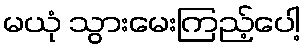
မယုံ သွားမေးကြည့်ပေါ့